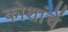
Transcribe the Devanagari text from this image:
कोशांचें